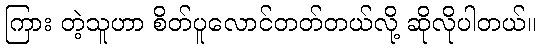
ကြား တဲ့သူဟာ စိတ်ပူလောင်တတ်တယ်လို့ ဆိုလိုပါတယ်။